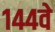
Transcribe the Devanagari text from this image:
१४४वे